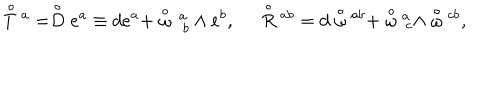
\stackrel { \circ } { T } { ^ a } = \stackrel { \circ } { D } e ^ { a } \equiv d e ^ { a } + \stackrel { \circ } { \omega } { _ { \, \cdot b } ^ { \, a } } \wedge e ^ { b } , \; \; \stackrel { \circ } { R } { ^ { a b } } = d \stackrel { \circ } { \omega } { ^ { a b } } + \stackrel { \circ } { \omega } { ^ a _ { \cdot c } } \wedge \stackrel { \circ } { \omega } { ^ { c b } } ,